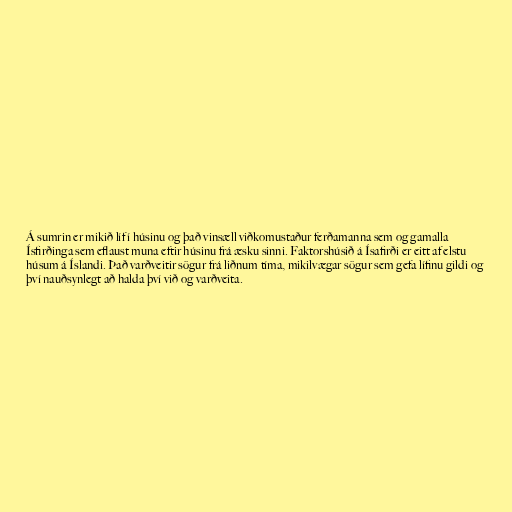
Á sumrin er mikið líf í húsinu og það vinsæll viðkomustaður ferðamanna sem og gamalla
Ísfirðinga sem eflaust muna eftir húsinu frá æsku sinni. Faktorshúsið á Ísafirði er eitt af elstu
húsum á Íslandi. Það varðveitir sögur frá liðnum tíma, mikilvægar sögur sem gefa lífinu gildi og
því nauðsynlegt að halda því við og varðveita.